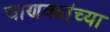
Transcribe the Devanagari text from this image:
चाणक्यांच्या